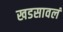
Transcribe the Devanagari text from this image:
खडसावलं